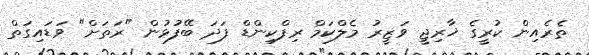
ތެރެއިން ކުރީގެ ޚާރިޖީ ވަޒީރު މެލްކަމް ރިފްކިންޑް ފަދަ ބޭފުޅުން "ރަތަށް" ވަޑައިގަތް